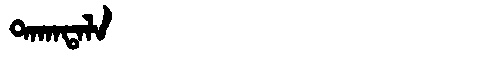
Manchu: ᡨᠠᡴᠠᡨᠠᠯᠠ
Romanization: TAKATALA